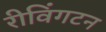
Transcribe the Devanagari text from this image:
रीविंगटन